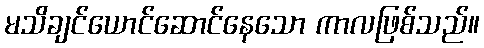
မသိချင်ယောင်ဆောင်နေသော ကာလဖြစ်သည်။